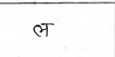
मजकूर: ल